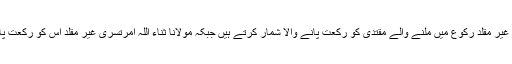
مفتی عبد الستار صاحب غیر مقلد رکوع میں ملنے والے مقتدی کو رکعت پانے والا شمار کرتے ہیں جبکہ مولانا ثناء اللہ امرتسری غیر مقلد اس کو رکعت پانے والا نہیں سمجھتے۔